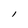
Character: I